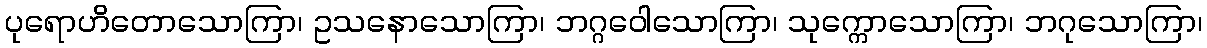
ပုရောဟိတောသောကြာ၊ ဥသနောသောကြာ၊ ဘဂ္ဂဝေါသောကြာ၊ သုက္ကောသောကြာ၊ ဘဂုသောကြာ၊